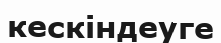
кескіндеуге